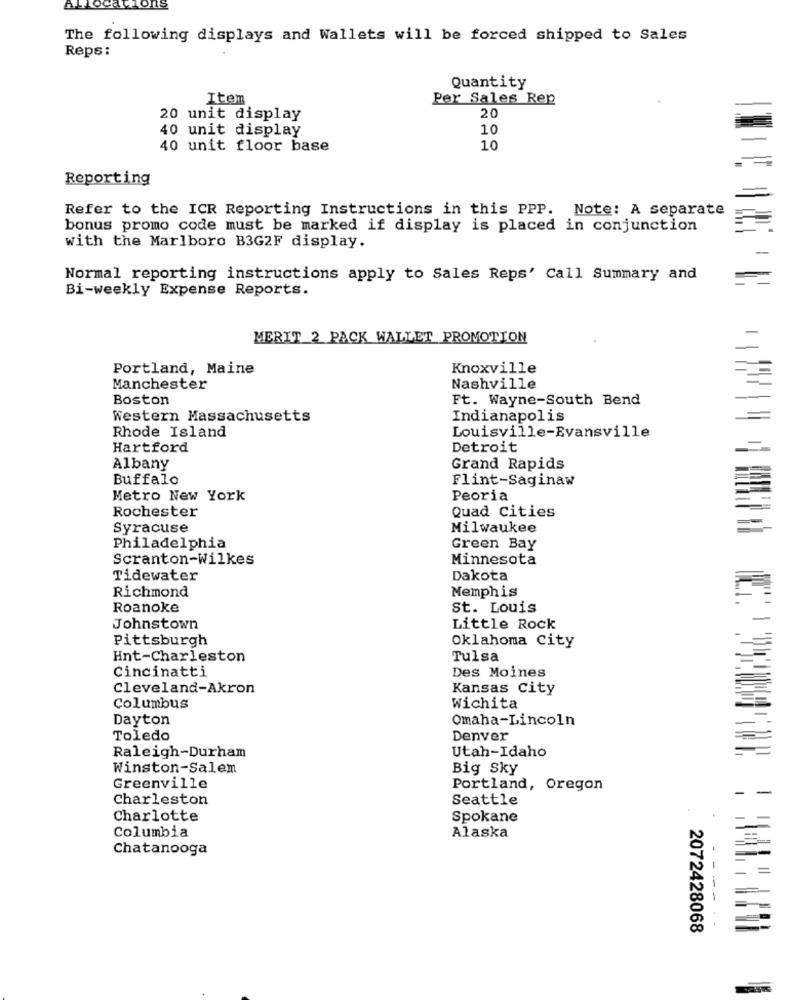
ALlocations
The following displays and Wallets will be forced shipped to Sales
Reps :
Quantity
Item
Per Sales Rep
20
20 unit display
40 unit display
10
40 unit floor base
10
Reporting
Refer to the ICR Reporting Instructions in this PPP. Note: A separate
bonus promo code must be marked if display is placed in conjunction
with the Marlboro B3G2F display.
Normal reporting instructions apply to Sales Reps' Call Summary and
Bi-weekly Expense Reports.
MERIT 2 PACK WALLET PROMOTION
Portland, Maine
Knoxville
Manchester
Nashville
Boston
Ft. Wayne-South Bend
Western Massachusetts
Indianapolis
Rhode Island
Louisville-Evansville
Hartford
Detroit
Albany
Grand Rapids
Buffalo
Flint-Saginaw
Metro New York
Peoria
Rochester
Quad Cities
Syracuse
Milwaukee
Philadelphia
Green Bay
Scranton-Wilkes
Minnesota
Tidewater
Dakota
Richmond
Memphis
Roanoke
St. Louis
Johnstown
Little Rock
Pittsburgh
Oklahoma City
Hnt-Charleston
Tulsa
Cincinatti
Des Moines
Cleveland-Akron
Kansas City
Columbus
Wichita
Dayton
Omaha-Lincoln
Toledo
Denver
Utah-Idaho
Raleigh-Durham
Winston-Salem
Big Sky
Greenville
Portland, Oregon
-
Charleston
Seattle
Charlotte
Spokane
Columbia
Alaska
Chatanooga
---
2072428068